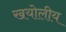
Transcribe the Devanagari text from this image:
खयोलीय